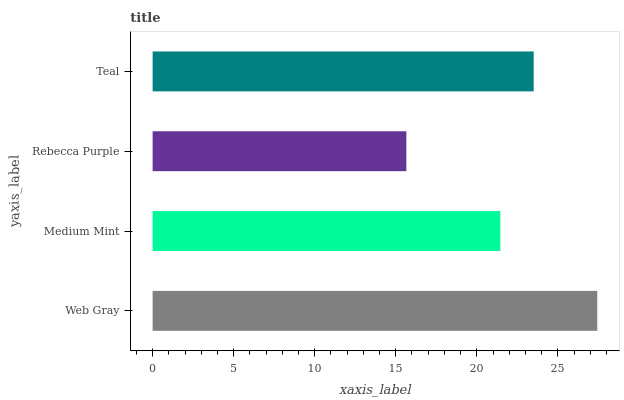
| yaxis_label | bars |
 | --- | --- |
 | Web Gray | 27.4 |
 | Medium Mint | 21.5 |
 | Rebecca Purple | 15.7 |
 | Teal | 23.5 |